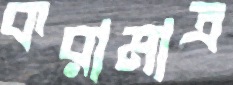
করামাত্র